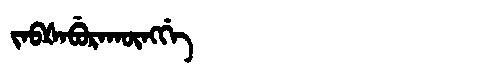
Manchu: ᠵᠠᠪᡧᠠᠪᡠᡵᠠᡴᡡᠩᡤᡝ
Romanization: JABŠABURAKŪNGGE